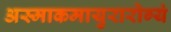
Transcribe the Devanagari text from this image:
अस्माकमायुरारोग्यं